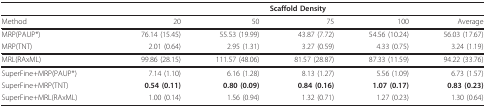
<table><thead><tr><td></td><td colspan="5"><b>Scaffold Density</b></td></tr></thead><tbody><tr><td>Method</td><td>20</td><td>50</td><td>75</td><td>100</td><td>Average</td></tr><tr><td>MRP(PAUP*)</td><td>76.14 (15.45)</td><td>55.53 (19.99)</td><td>43.87 (7.72)</td><td>54.56 (10.24)</td><td>56.03 (17.67)</td></tr><tr><td>MRP(TNT)</td><td>2.01 (0.64)</td><td>2.95 (1.31)</td><td>3.27 (0.59)</td><td>4.33 (0.75)</td><td>3.24 (1.19)</td></tr><tr><td>MRL(RAxML)</td><td>99.86 (28.15)</td><td>111.57 (48.06)</td><td>81.57 (28.87)</td><td>87.33 (11.59)</td><td>94.22 (33.76)</td></tr><tr><td>SuperFine+MRP(PAUP*)</td><td>7.14 (1.10)</td><td>6.16 (1.28)</td><td>8.13 (1.27)</td><td>5.56 (1.09)</td><td>6.73 (1.57)</td></tr><tr><td>SuperFine+MRP(TNT)</td><td><b>0.54 (0.11)</b></td><td><b>0.80 (0.09)</b></td><td><b>0.84 (0.16)</b></td><td><b>1.07 (0.17)</b></td><td><b>0.83 (0.23)</b></td></tr><tr><td>SuperFine+MRL(RAxML)</td><td>1.00 (0.14)</td><td>1.56 (0.94)</td><td>1.32 (0.71)</td><td>1.27 (0.23)</td><td>1.30 (0.64)</td></tr></tbody></table>